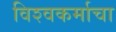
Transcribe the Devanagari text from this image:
विश्‍वकर्माचा